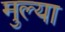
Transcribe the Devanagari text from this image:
मुल्या